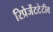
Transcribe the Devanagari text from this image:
रिप्रेजेंटटेटीव